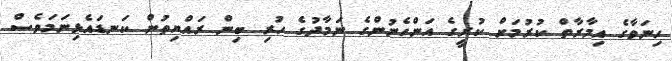
ހިނަވާގެ އިމާރާތް ކުރުމަށް ކުރީގެ އަންހެނުންގެ ނަމާދުގެ ހުރި ބިން ރައްޔިތުން ކަނޑައެޅިނަމަވެސް